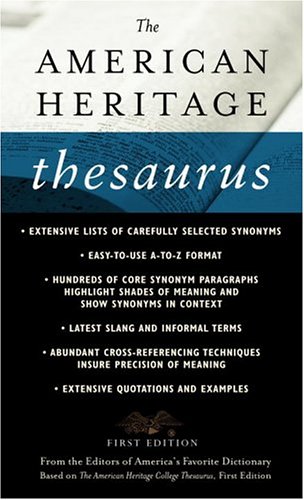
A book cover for The American Heritage Thesaurus, First Edition; Houghton Mifflin Company; Reference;